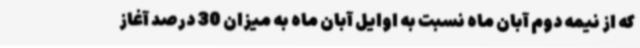
که از نیمه دوم آبان ماه نسبت به اوایل آبان ماه به میزان 30 درصد آغاز